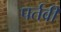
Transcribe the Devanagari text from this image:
पर्तवी